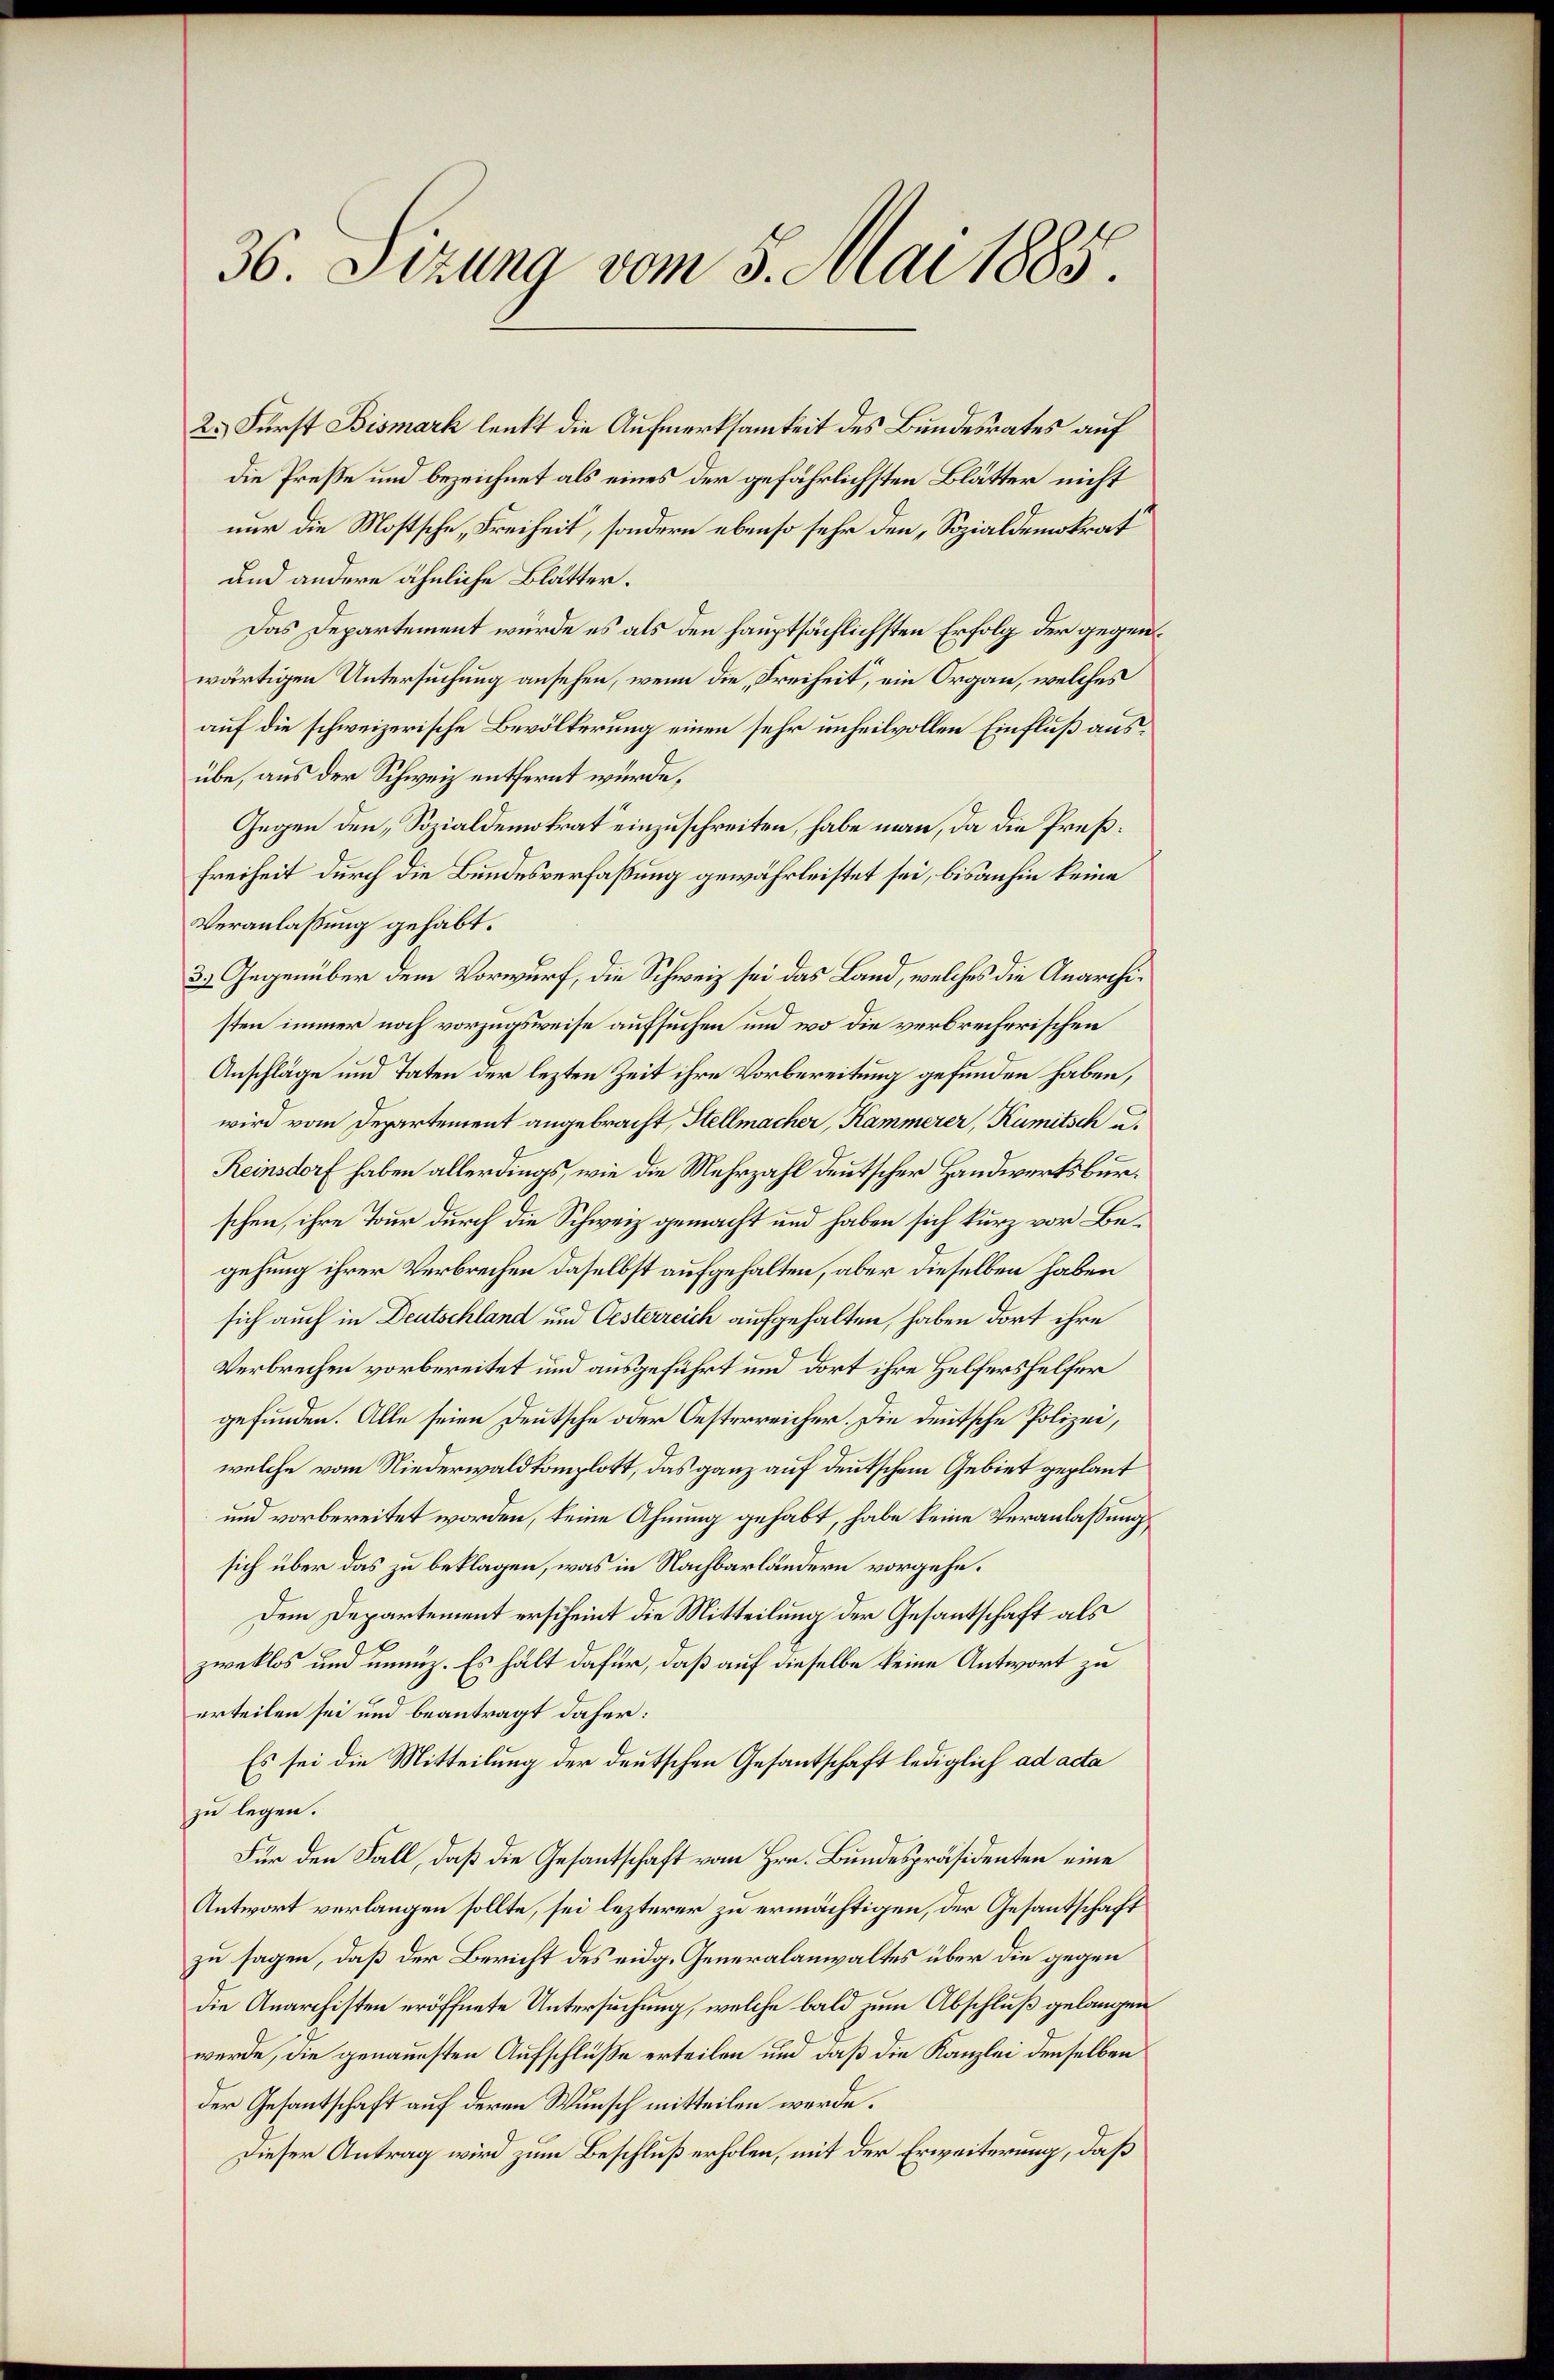
36. Sizung vom 5. Mai 1885.

2.) Fürst Bismark lenkt die Aufmerksamkeit des Bundesrates auf
die Preße und bezeichnet als eines der gefährlichsten Blätter nicht
nur die Mostsche „Freiheit, sondern ebenso sehr den, Sozialdemokrat
und andere ähnliche Blätter.
Das Departement würde es als den hauptsächlichsten Erfolg der gegenwärtigen Untersuchung ansehen, wenn die „Freiheit, ein Organ, welches
auf die schweizerische Bevölkerung einen sehr unheilvollen Einfluß ausübe, aus der Schweiz entfernt würde,
Gegen den Sozialdemokrat einzuschreiten, habe man, da die Preß¬
Freiheit durch die Bundesverfaßung gewährleistet sei, bisanhin keine
Veranlaßung gehabt.
3) Gegenüber dem Vorwurf, die Schweiz sei das Land, welches die Anarchisten immer noch vorzugsweise aufsuchen und wo die verbrecherischen
Anschläge und Taten der lezten Zeit ihre Vorbereitung gefunden haben,
wird vom Departement angebracht, Stellmacher, Kammerer, Rumitsch u.
Reinsdorf haben allerdings, wie die Mehrzahl deutscher Handwerksburschen, ihre Tour durch die Schweiz gemacht und haben sich kurz vor Begehung ihrer Verbrechen daselbst aufgehalten, aber dieselben haben
sich auch in Deutschland und Oesterreich aufgehalten, haben dort ihre
Verbrechen vorbereitet und ausgeführt und dort ihre Helfershelfer
gefunden. Alle seien Deutsche oder Oesterreicher. Die deutsche Polizei,
welche vom Niederwald komplott, das ganz auf deutschem Gebiet geplant
und vorbereitet worden, keine Ahnung gehabt, habe keine Veranlassungs
sich über das zu beklagen, was in Nachbarländern vorgehe.
Dem Departement erscheint die Mitteilung der Gesantschaft als
zweklos und unmiz. Es hält dafür, daß auf dieselbe keine Antwort zu
erteilen sei und beantragt daher:
Es sei die Mitteilung der deutschen Gesantschaft lediglich ad acta
zu legen.
Für den Fall, daß die Gesantschaft vom Hrn. Bundespräsidenten eine
Antwort verlangen sollte, sei lezterer zu ermächtigen, der Gesantschaft
zu sagen, daß der Bericht des eidg. Generalanwaltes über die gegen
die Anarchisten eröffnete Untersuchung, welche bald zum Abschluß gelangen
werde, die genauesten Aufschluße erteilen und daß die Kanzlei denselben
der Gesantschaft auf deren Wunsch mitteilen werde.
Dieser Antrag wird zum Beschluß erholen, mit der Erweiterung, daß